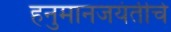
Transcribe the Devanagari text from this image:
हनुमानजयंतीचे